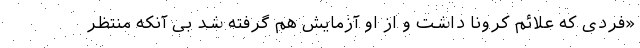
«فردی که علائم کرونا داشت و از او آزمایش هم گرفته شد بی آنکه منتظر